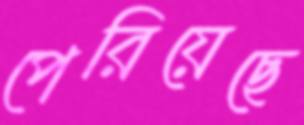
পেরিয়েছে